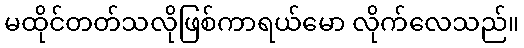
မထိုင်တတ်သလိုဖြစ်ကာရယ်မော လိုက်လေသည်။